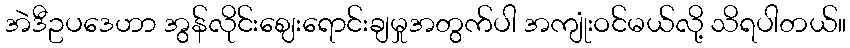
အဲဒီဥပဒေဟာ အွန်လိုင်းဈေးရောင်းချမှုအတွက်ပါ အကျုံးဝင်မယ်လို့ သိရပါတယ်။